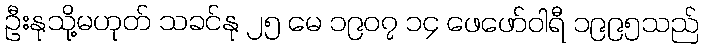
ဦးနုသို့မဟုတ် သခင်နု ၂၅ မေ ၁၉၀၇ ၁၄ ဖေဖော်ဝါရီ ၁၉၉၅သည်